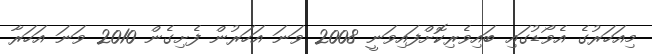
މިއަހަރުގެ އެވޯޑުގައި ބައިވެރިކޮށްފައިވަނީ 2008 ވަނަ އަހަރުން ފެށިގެން 2010 ވަނަ އަހަރާ